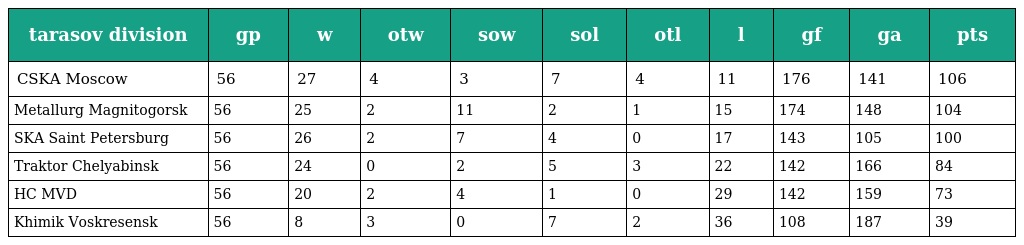
| tarasov division | gp | w | otw | sow | sol | otl | l | gf | ga | pts |
 | --- | --- | --- | --- | --- | --- | --- | --- | --- | --- | --- |
 | CSKA Moscow | 56 | 27 | 4 | 3 | 7 | 4 | 11 | 176 | 141 | 106 |
 | Metallurg Magnitogorsk | 56 | 25 | 2 | 11 | 2 | 1 | 15 | 174 | 148 | 104 |
 | SKA Saint Petersburg | 56 | 26 | 2 | 7 | 4 | 0 | 17 | 143 | 105 | 100 |
 | Traktor Chelyabinsk | 56 | 24 | 0 | 2 | 5 | 3 | 22 | 142 | 166 | 84 |
 | HC MVD | 56 | 20 | 2 | 4 | 1 | 0 | 29 | 142 | 159 | 73 |
 | Khimik Voskresensk | 56 | 8 | 3 | 0 | 7 | 2 | 36 | 108 | 187 | 39 |